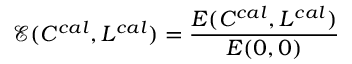
\mathcal { E } ( C ^ { c a l } , L ^ { c a l } ) = \frac { E ( C ^ { c a l } , L ^ { c a l } ) } { E ( 0 , 0 ) }